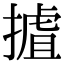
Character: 摣